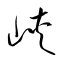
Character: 峡